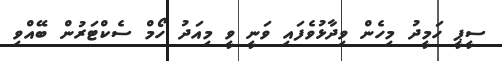
ސީޕީ ހަމީދު މިހެން ވިދާޅުވެފައި ވަނީ ވީ މިއަދު ހޯމް ސެކްޓަރުން ބޭއްވި